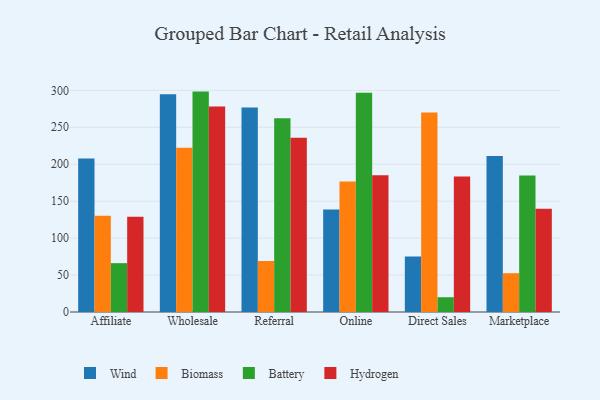
{"axis": {"x": "Channel", "y": "Latency (ms)"}, "legend": ["Battery", "Biomass", "Hydrogen", "Wind"], "data": [{"x": "Affiliate", "y": 207.9, "type": "Wind"}, {"x": "Affiliate", "y": 130.3, "type": "Biomass"}, {"x": "Affiliate", "y": 66.1, "type": "Battery"}, {"x": "Affiliate", "y": 129.0, "type": "Hydrogen"}, {"x": "Wholesale", "y": 294.6, "type": "Wind"}, {"x": "Wholesale", "y": 222.4, "type": "Biomass"}, {"x": "Wholesale", "y": 298.3, "type": "Battery"}, {"x": "Wholesale", "y": 278.0, "type": "Hydrogen"}, {"x": "Referral", "y": 276.7, "type": "Wind"}, {"x": "Referral", "y": 69.1, "type": "Biomass"}, {"x": "Referral", "y": 262.1, "type": "Battery"}, {"x": "Referral", "y": 235.9, "type": "Hydrogen"}, {"x": "Online", "y": 138.7, "type": "Wind"}, {"x": "Online", "y": 176.7, "type": "Biomass"}, {"x": "Online", "y": 296.9, "type": "Battery"}, {"x": "Online", "y": 185.0, "type": "Hydrogen"}, {"x": "Direct Sales", "y": 75.1, "type": "Wind"}, {"x": "Direct Sales", "y": 270.1, "type": "Biomass"}, {"x": "Direct Sales", "y": 20.0, "type": "Battery"}, {"x": "Direct Sales", "y": 183.5, "type": "Hydrogen"}, {"x": "Marketplace", "y": 211.0, "type": "Wind"}, {"x": "Marketplace", "y": 52.5, "type": "Biomass"}, {"x": "Marketplace", "y": 184.6, "type": "Battery"}, {"x": "Marketplace", "y": 139.7, "type": "Hydrogen"}]}